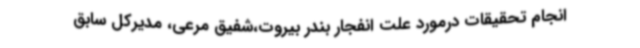
انجام تحقیقات درمورد علت انفجار بندر بیروت،شفیق مرعی، مدیرکل سابق